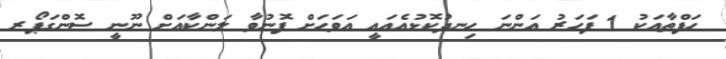
ހަފްތާއަކު 1 ފަހަރު އަންނަ ހިނދުކޮޅުއެއައީ އަވަހަށް ފޮނުވާ ލަންކާއަށް ނޫނީ ސޮންގަޕޯރ